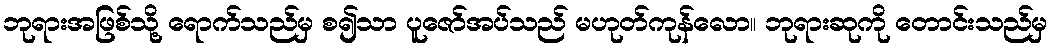
ဘုရားအဖြစ်သို့ ရောက်သည်မှ စ၍သာ ပူဇော်အပ်သည် မဟုတ်ကုန်လော။ ဘုရားဆုကို တောင်းသည်မှ